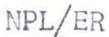
NPL/ER